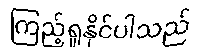
ကြည့်ရှုနိုင်ပါသည်